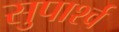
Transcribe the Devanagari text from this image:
सुपार्श्‍व